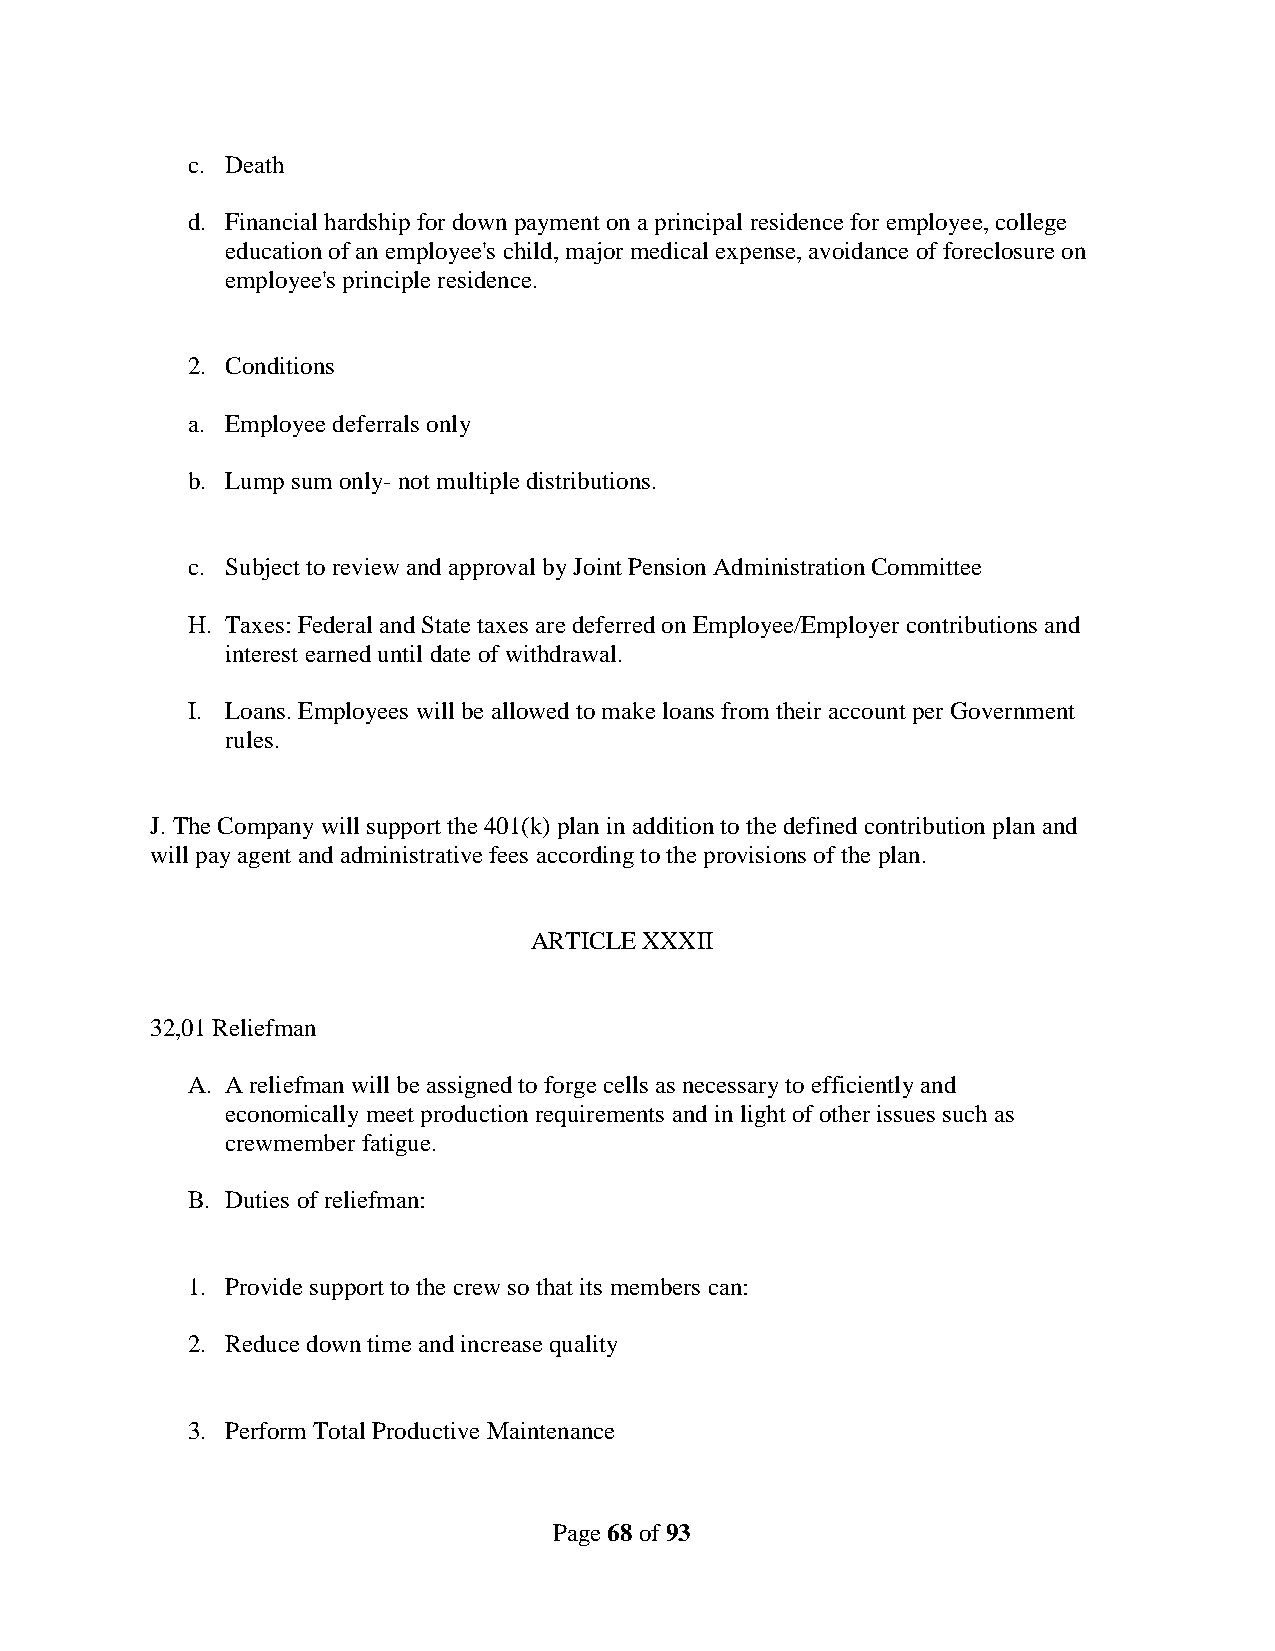
c. Death
 d. Financial hardship for down payment on a principal residence for employee, college
 education of an employee's child, major medical expense, avoidance of foreclosure on
 employee's principle residence.
 2. Conditions
 a. Employee deferrals only
 b. Lump sum only- not multiple distributions.
 c. Subject to review and approval by Joint Pension Administration Committee
 H. Taxes: Federal and State taxes are deferred on Employee/Employer contributions and
 interest earned until date of withdrawal.
 I. Loans. Employees will be allowed to make loans from their account per Government
 rules.
 J. The Company will support the 401(k) plan in addition to the defined contribution plan and
 will pay agent and administrative fees according to the provisions of the plan.
 ARTICLE XXXII
 32,01 Reliefman
 A. A reliefman will be assigned to forge cells as necessary to efficiently and
 economically meet production requirements and in light of other issues such as
 crewmember fatigue.
 B. Duties of reliefman:
 1. Provide support to the crew so that its members can:
 2. Reduce down time and increase quality
 3. Perform Total Productive Maintenance
 Page 68 of 93